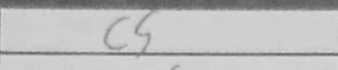
Transcription: c5